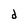
Character: d